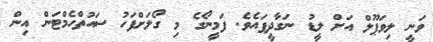
ވަނީ ލިވަޕޫލް އަށް ލީޑު ނަގާދީފައެވެ. ފަމީނޯގެ މި ގޯލަށްފަހު ސައުތްހެމްޓަން އިން